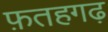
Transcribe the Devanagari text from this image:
फ़तहगढ़